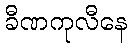
ခီဏကုလီနေ